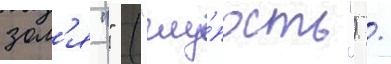
зол'я "" ("глу́пость") /